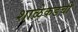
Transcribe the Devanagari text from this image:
शाळेकडची